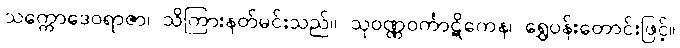
သက္ကောဒေဝရာဇာ၊ သိကြားနတ်မင်းသည်။ သုဝဏ္ဏဝင်္ကာဋိကေန၊ ရွှေပန်းတောင်းဖြင့်။